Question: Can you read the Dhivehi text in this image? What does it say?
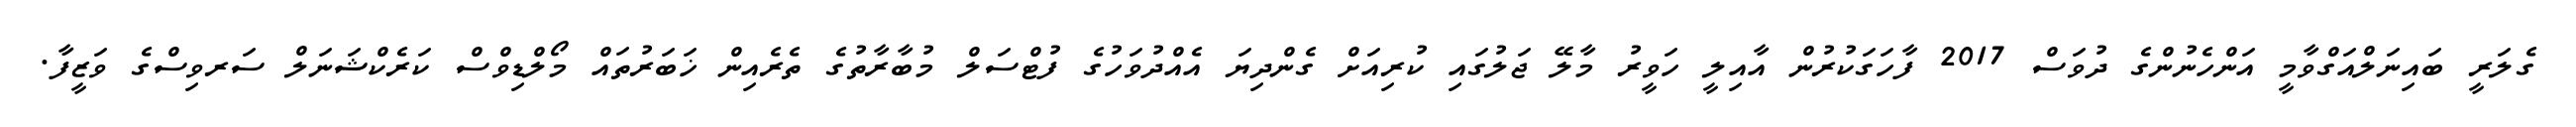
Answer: ގެލަރީ ބައިނަލްއަގްވާމީ އަންހެނުންގެ ދުވަސް 2017 ފާހަގަކުރުން އާއިލީ ހަވީރު މާލޭ ޖަލުގައި ކުރިއަށް ގެންދިޔަ އެއްދުވަހުގެ ފުޓްސަލް މުބާރާތުގެ ތެރެއިން ޚަބަރުތައް މޯލްޑިވްސް ކަރެކްޝަނަލް ސަރވިސްގެ ވަޒީފާ.